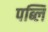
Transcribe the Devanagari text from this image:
पब्लि